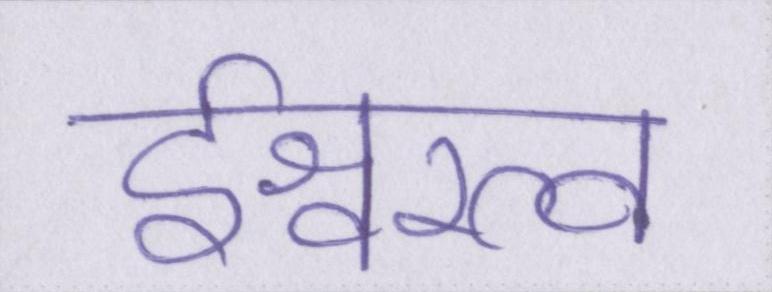
ईश्वरत्व